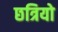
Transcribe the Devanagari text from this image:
छत्रियो